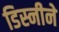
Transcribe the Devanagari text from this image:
डिस्नीने